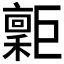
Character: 𢀮